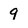
Character: 9